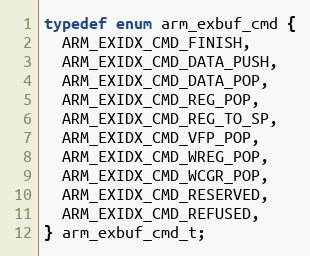
Language: C
typedef enum arm_exbuf_cmd {
  ARM_EXIDX_CMD_FINISH,
  ARM_EXIDX_CMD_DATA_PUSH,
  ARM_EXIDX_CMD_DATA_POP,
  ARM_EXIDX_CMD_REG_POP,
  ARM_EXIDX_CMD_REG_TO_SP,
  ARM_EXIDX_CMD_VFP_POP,
  ARM_EXIDX_CMD_WREG_POP,
  ARM_EXIDX_CMD_WCGR_POP,
  ARM_EXIDX_CMD_RESERVED,
  ARM_EXIDX_CMD_REFUSED,
} arm_exbuf_cmd_t;